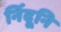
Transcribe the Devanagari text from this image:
निंदूनि